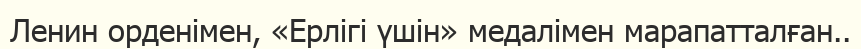
Ленин орденімен, «Ерлігі үшін» медалімен марапатталған..